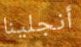
أنجلينا